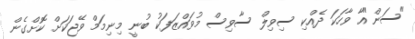
"ސަން"އާ ވާހަކަ ދެއްކި ސިވިލް ސާވިސް މުވައްޒަފަކު ބުނީ މިނިމަމް ވޭޖަކަށް ކޮށްގެން